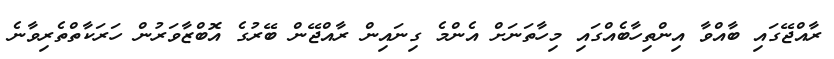
ރާއްޖޭގައި ބާއްވާ އިންތިހާބެއްގައި މިހާތަނަށް އެންމެ ގިނައިން ރާއްޖޭން ބޭރުގެ އޮބްޒާވަރުން ހަރަކާތްތެރިވާނެ